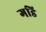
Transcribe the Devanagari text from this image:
गडि